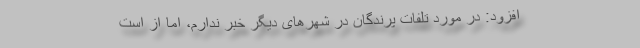
افزود: در مورد تلفات پرندگان در شهرهای دیگر خبر ندارم، اما از است